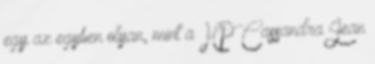
egy az egyben olyan, mint a HP Cassandra Jean